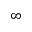
\infty